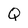
Character: Q